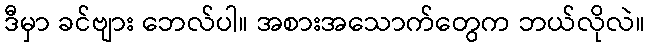
ဒီမှာ ခင်ဗျား ဘေလ်ပါ။ အစားအသောက်တွေက ဘယ်လိုလဲ။